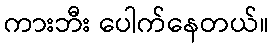
ကားဘီး ပေါက်နေတယ်။